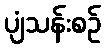
ပျံသန်းစဉ်